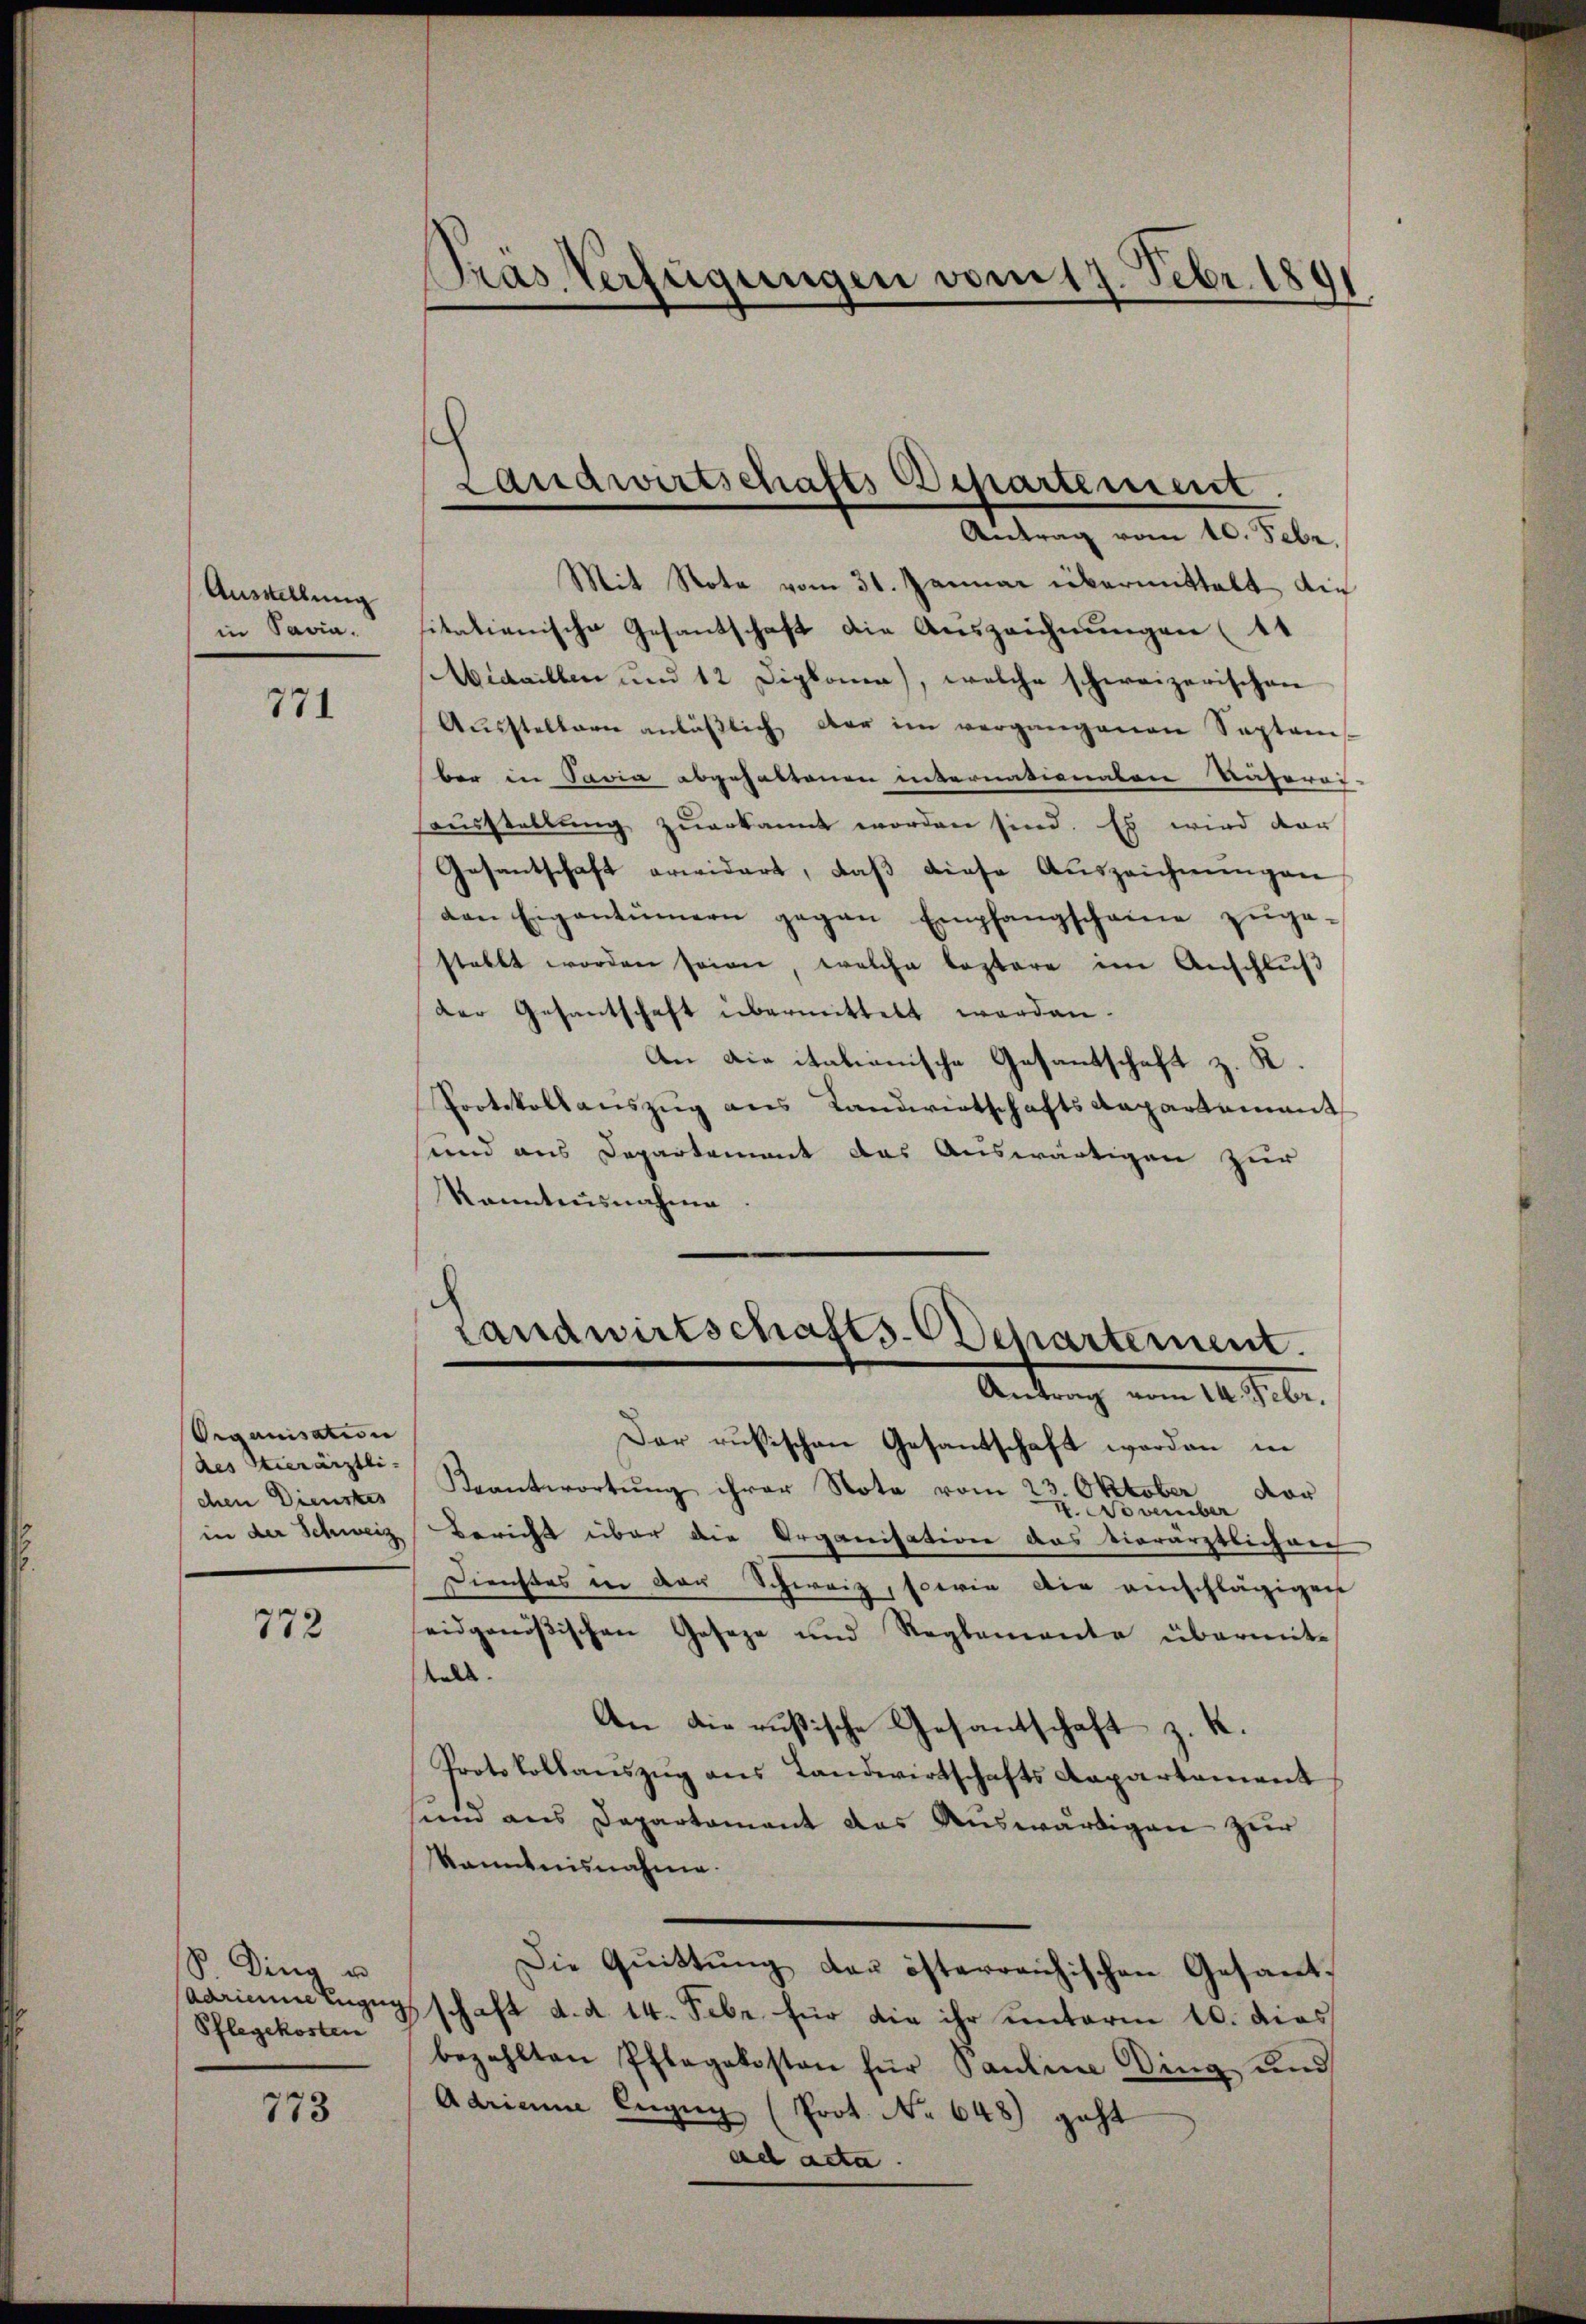
Ausstellung
in Savia.

771

Organisation
(des Stierärztli-
chen Dienstes
in der Schweiz

772

S. Ding u
Adrianne anzug
Pflegekosten

773

Pras Verfügungen vom 17. Febr. 181

Mit Nota vom 31. Januar übermittelt die
itationische Gesantschaft die Auszeichnungen (14
Aidaillen und 12 Diplome), welche schweizerischen
Aŭsstellern anläβlich der im vergangenen Septem-
ber in Savia abgehaltenen internationaten Näherer-
ausstellung zuerkannt worden sind. Es wird dar
Gesantschaft erwidert, daβ diese Auszeichnungen
ven Eigentümern gegen Empfangschaine zŭge-
stallt worden seien, welche leztere im Anschlŭβ
der Gesantschaft übermittelt werden.
An Die italianische Gesantschaft z. K.
Protokollauszug aus Landwirtschafts Repartement
und aus Departement das Auswärtigen zur
Kanntensnahme
Landwirtschafts-Departement.
Antrag vom 14. Febr.
Der russischen Gesantschaft worden in
Beantwortung ihrer Note vom 23. Oktober dor
V. November
Bericht über die Organisation das tierärztlichen
Dienstes in der Schweiz, sowie die einschlägigen
seidgenößischen Geseze und Reglemente übermita
An die rusische Gesantschaft z. K.
Protokollauszug aus Landwirtschafts Kapartement
sinn aus Departament das Auswärtigen zur
kanntnisnahme.
Die Quittung der österreichischen Gesandschaft d. d. 14. Febr. für die ihr unterm 10. dies
bezahlten Pflegekosten für Pauline Ding und
Adriane Eugen (Prot. No 648) geht
ad acta.

c
Landwirtschafts Departement.
Antrag vom 10. Febr.